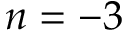
n = - 3